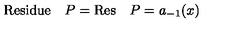
\mathrm { R e s i d u e } \quad P = \mathrm { R e s } \quad P = a _ { - 1 } ( x )